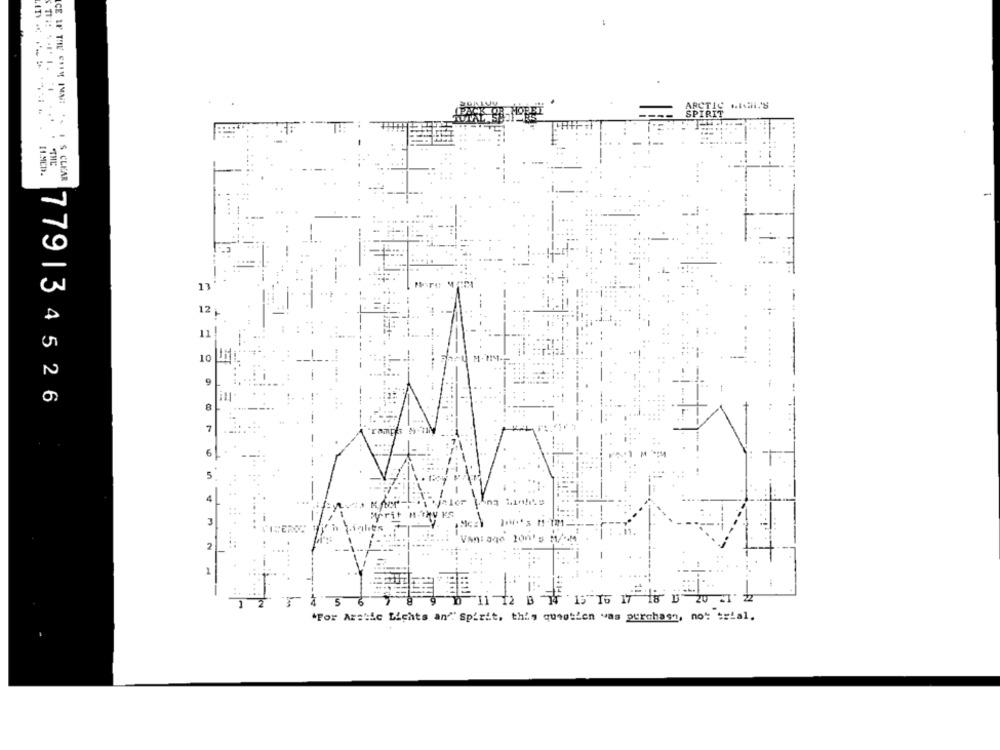
ARCTIC .. 1.2H.S
SPIRIT
...
IL.MED.
ICE IF TILL ERIM IMMI ' IS CLEAR
17
12,
11!
10
779134526
8
7
6
5
4
Merit m-Thy KS
3
he's
Vantage 200's
2
1
-11-12 0 11 15 16 17 18 9 20 - 2
"For Archic Lights an" Spirit, this question was purchase, not trial.